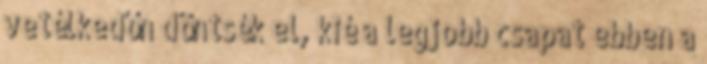
vetélkedőn döntsék el, kié a legjobb csapat ebben a